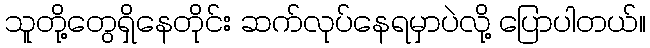
သူတို့တွေရှိနေတိုင်း ဆက်လုပ်နေရမှာပဲလို့ ပြောပါတယ်။